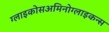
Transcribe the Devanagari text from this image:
ग्लाइकोसअमिनोग्लाइकन्स